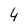
Character: 4